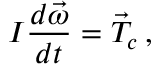
I \frac { d \vec { \omega } } { d t } = \vec { T } _ { c } \, ,